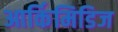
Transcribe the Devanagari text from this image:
आर्किमिडिज